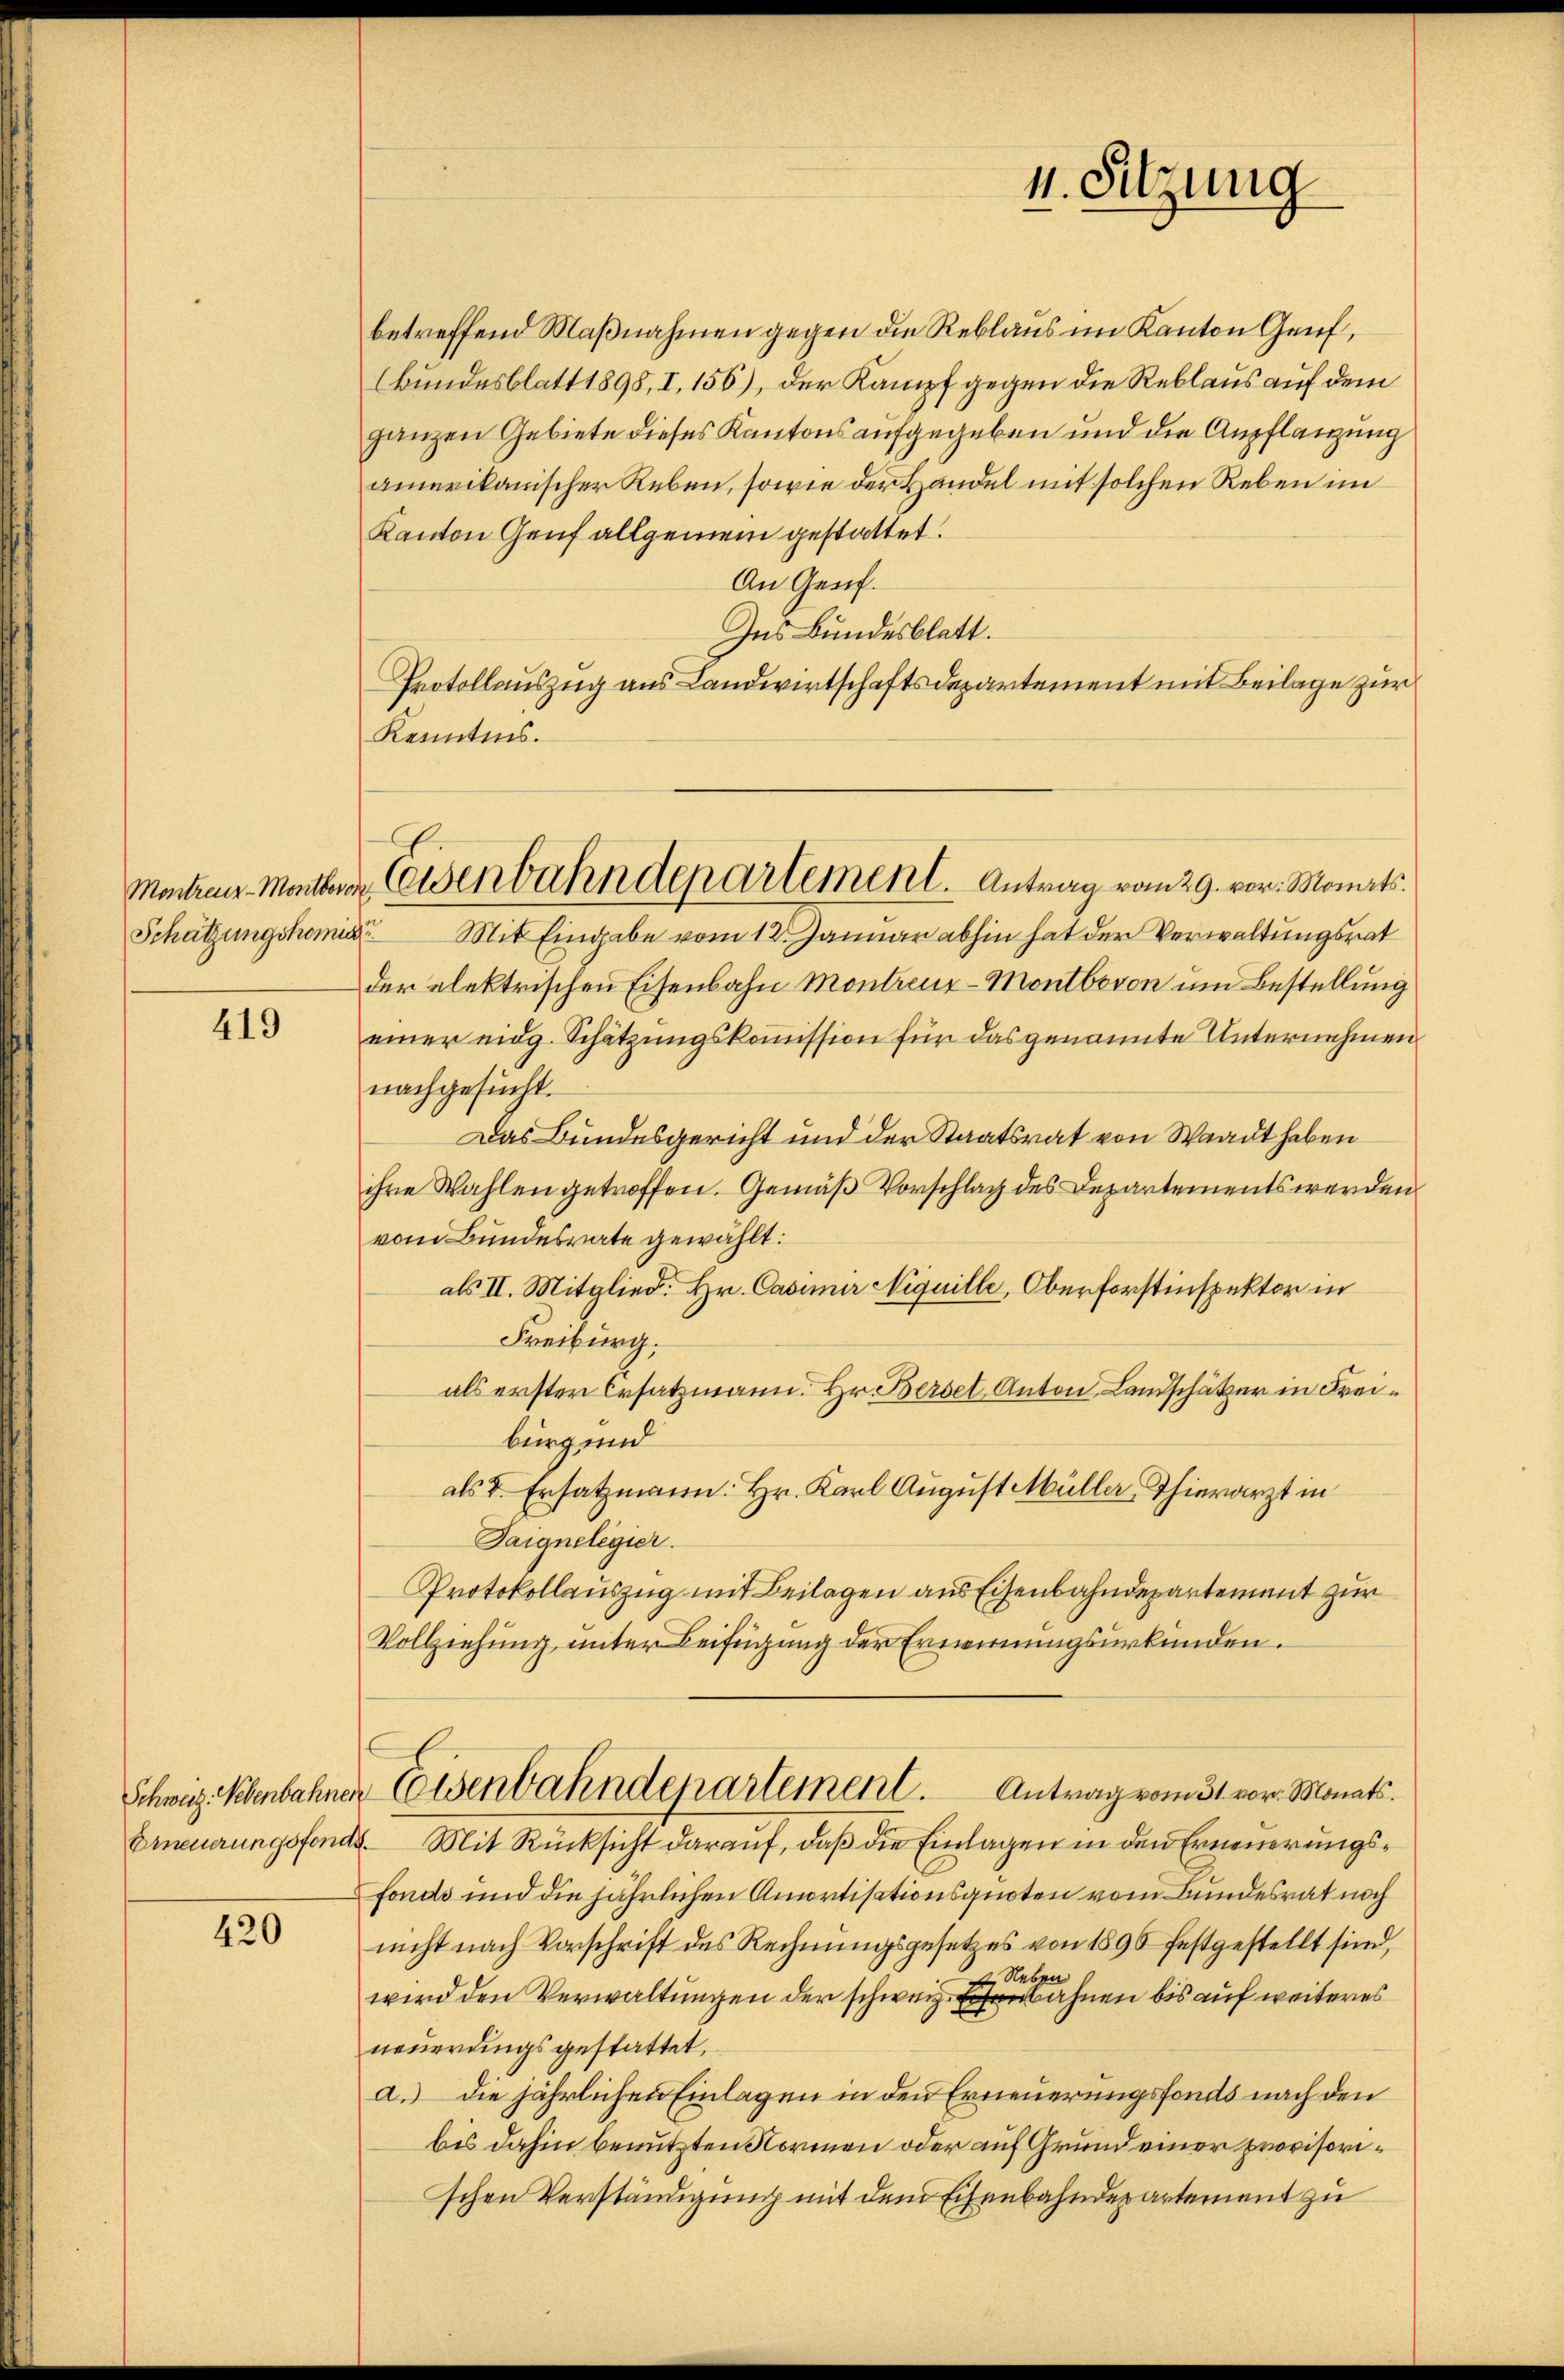
Schätzungskomis

419

420

Montrau Matern Eisenbahndepartement. Antrag vom 29. vor. Monats.

betreffend Maßnahmen gegen die Reblaus im Kanton Gruf,
(Bundesblatt 1898, I, 156), der Kampf gegen die Reblaus auf dem
ganzen Gebiete dieses Kantons aufgegeben und die Anpflanzung
amerikanischer Reben, sowie der Handel mit solchen Reben im
Kanton Genf allgemein gestattet.
An Genf.
Ins Bundesblatt.
Protollauszug aus Landwirtschaftsdepartement mit Beilage zur
Kenntnis.
Mit Eingabe vom 12. Januar abhin hat der Verwaltungsrat
der elektrischen Eisenbahn Montreuz-Montbovon um Bestellung
einer eidg. Schätzungskommission für das genannte Unternehmen
nachgesucht.
Das Bundesgericht und der Staatsrat von Waadt haben
ihre Wahlen getroffen. Gemäß Vorschlag des Departements werden
vom Bundesrate gewählt:
als II. Mitglied. Hr. Casimir Niquille, Oberforstinspektor in
Freiburg.
als erster Ersatzmann. Hr. Bersel Anton Landschätzer in Freiburg und
als d. Ersatzmann. Hr. Karl August Müller Thierarzt in
Taignelegier
Protokollauszug mit Beilagen aus Eisenbahndepartement zur
Vollziehung unter Beifügung der Ernennungsurkunden.
Schweiz. Nebenbahner Eisenbahndepartement. Antrag vom 31. vor. Monats.
Erneuerungsfonds. Mit Rücksicht darauf, daß die Einlagen in den Erneuerungsfonds und die jährlichen Amortisationsquoten vom Bundesrat noch
nicht nach Vorschrift des Rechnungsgesetzes von 1896 festgestellt sind,
2 Neben
wird den Verwaltungen der schweizerbahnen bis auf weiteres
neuerungsgestattet.
d.) die jährlichen Einlagen in den Erneuerungsfonds nach den
bis dahin benutzten Normen oder auf Grund einer provisorischen Verständigung mit dem Eisenbahndepartement zu

11. Sitzung